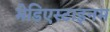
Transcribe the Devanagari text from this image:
मेडिएस्टाइनम